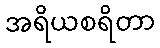
အရိယစရိတာ